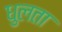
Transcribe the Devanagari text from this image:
धुलता